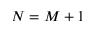
N = M + 1